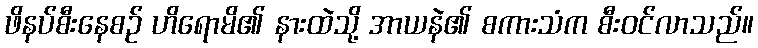
ဖိနပ်စီးနေစဉ် ဟိရောမိ၏ နားထဲသို့ အာယနဲ၏ စကားသံက စီးဝင်လာသည်။